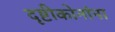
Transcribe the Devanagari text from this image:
दृष्टीकोनांना